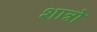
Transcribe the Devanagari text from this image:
शात्रो